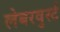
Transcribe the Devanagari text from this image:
लेबरवुर्स्ट